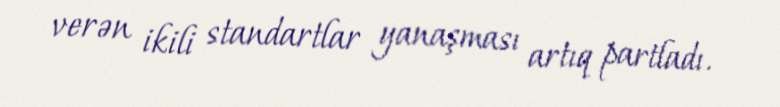
verən ikili standartlar yanaşması artıq partladı.